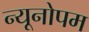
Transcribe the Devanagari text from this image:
न्यूनोपम